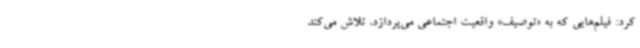
کرد: فیلم‌هایی که به «توصیف» واقعیت اجتماعی می‌پردازد، تلاش می‌کند